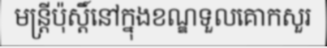
មន្ត្រីប៉ុស្តិ៍នៅក្នុងខណ្ឌទួលគោកសួរ